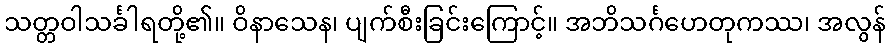
သတ္တဝါသင်္ခါရတို့၏။ ဝိနာသေန၊ ပျက်စီးခြင်းကြောင့်။ အဘိသင်္ဂဟေတုကဿ၊ အလွန်